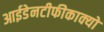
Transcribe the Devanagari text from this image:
आईडेनटीफीकाक्यो